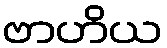
ဗာဟိယ